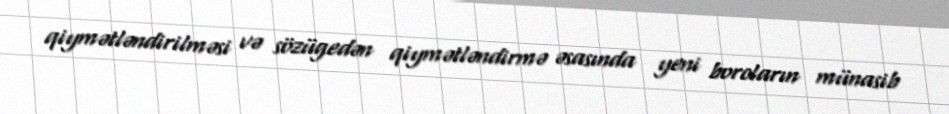
qiymətləndirilməsi və sözügedən qiymətləndirmə əsasında yeni borcların münasib